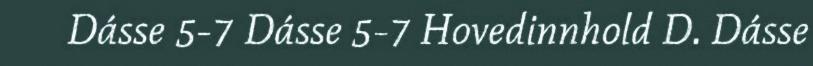
Dásse 5-7 Dásse 5-7 Hovedinnhold D. Dásse